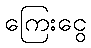
ကြေးငွေ